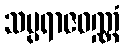
သပ္ပရာဇဝဏ္ဏံ